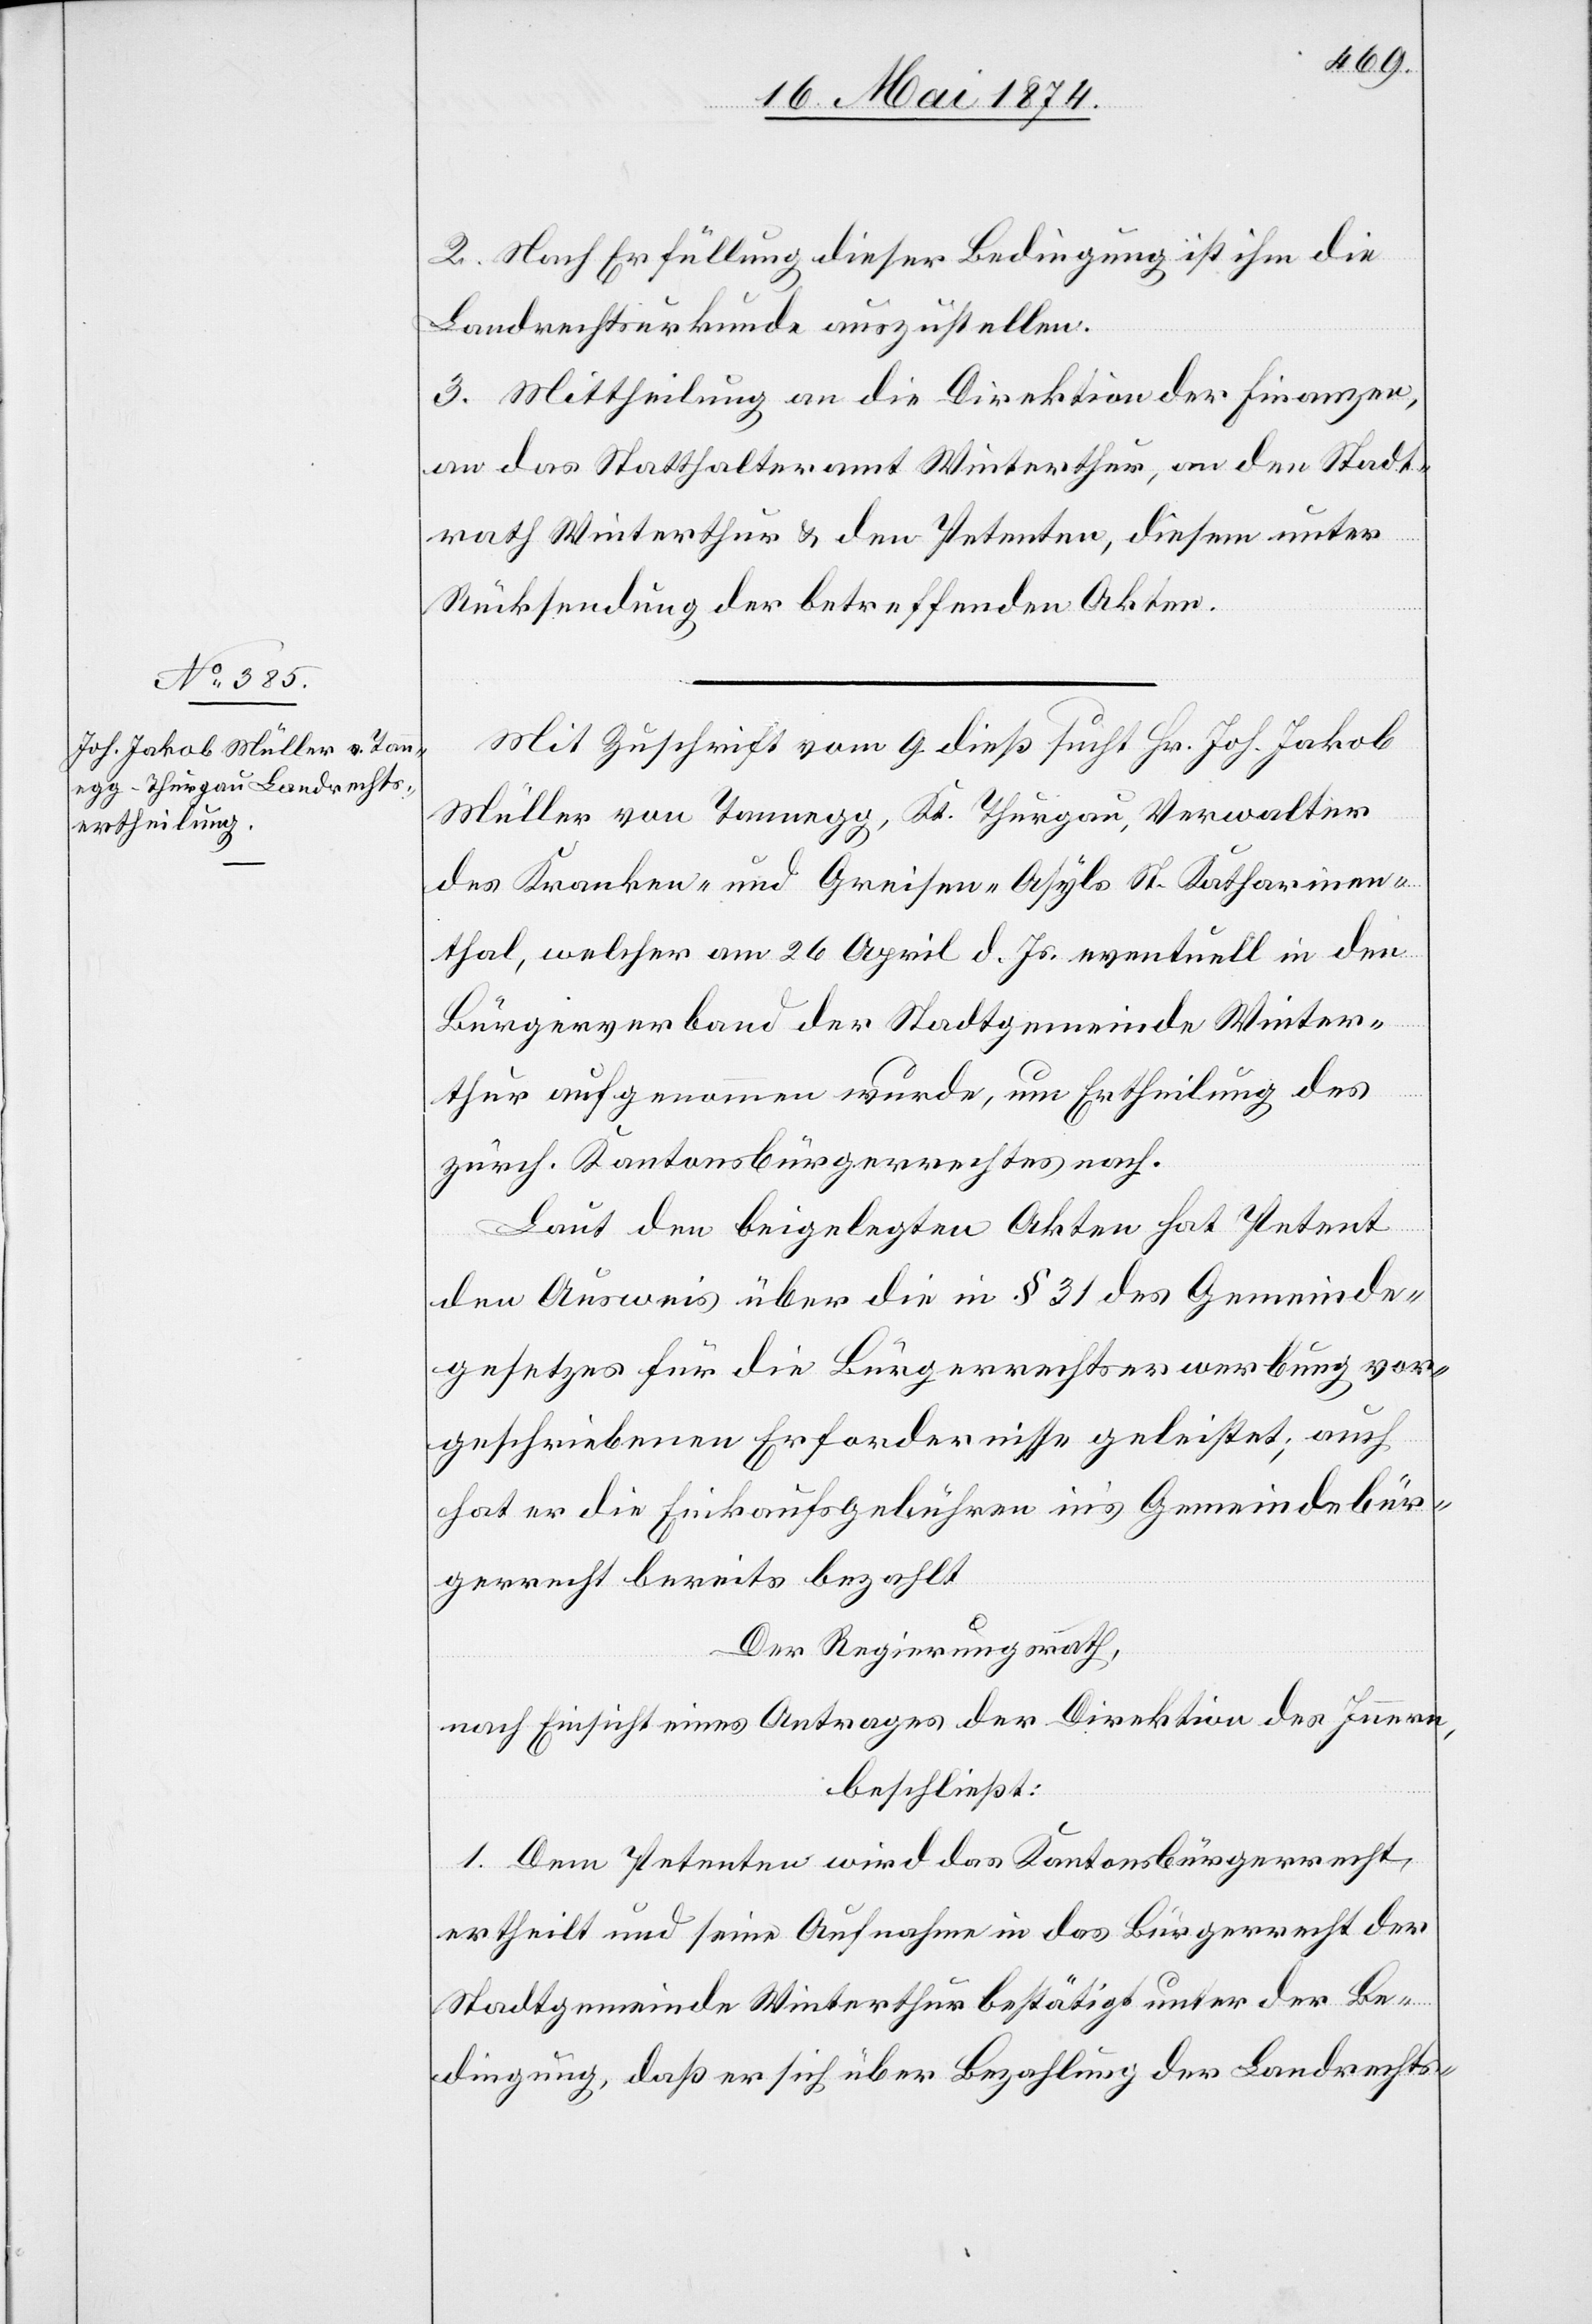
2. Nach Erfüllung dieser Bedingung ist ihm die
Landrechtsurkunde auszustellen.
3. Mittheilung an die Direktion der Finanzen,
an das Statthalteramt Winterthur, an den Stadt¬
rath Winterthur u. den Petenten, diesem unter
Rücksendung der betreffenden Akten.
Mit Zuschrift vom 9. dieß sucht Hr. Joh. Jakob
Müller von Tannegg, Kt. Thurgau, Verwalter
des Kranken- und Greisen-Asyls St. Katharinen¬
thal, welcher am 26. April d. Js. eventuell in den
Bürgerverband der Stadtgemeinde Winter¬
thur aufgenommen wurde, um Ertheilung des
zürch. Kantonsbürgerrechtes nach.
Laut den beigelegten Akten hat Petent
den Ausweis über die in § 31 des Gemeinde¬
gesetzes für die Bürgerrechtserwerbung vor¬
geschriebenen Erfordernisse geleistet; auch
hat er die Einkaufsgebühren in’s Gemeindebür¬
gerrecht bereits bezahlt.
Der Regierungsrath,
nach Einsicht eines Antrages der Direktion des Innern,
beschließt:
1. Dem Petenten wird das Kantonsbürgerrecht
ertheilt und seine Aufnahme in das Bürgerrecht der
Stadtgemeinde Winterthur bestätigt unter der Be¬
dingung, daß er sich über Bezahlung der Landrechts-